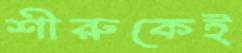
শীরুকেই